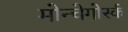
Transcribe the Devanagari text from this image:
मोन्चेगोर्स्क